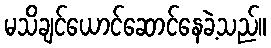
မသိချင်ယောင်ဆောင်နေခဲ့သည်။